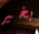
بخير